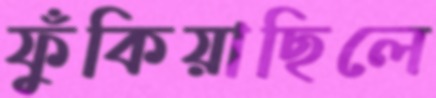
ফুঁকিয়াছিলে